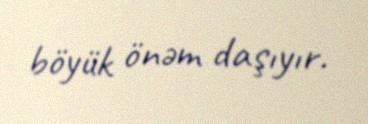
böyük önəm daşıyır.